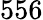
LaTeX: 556